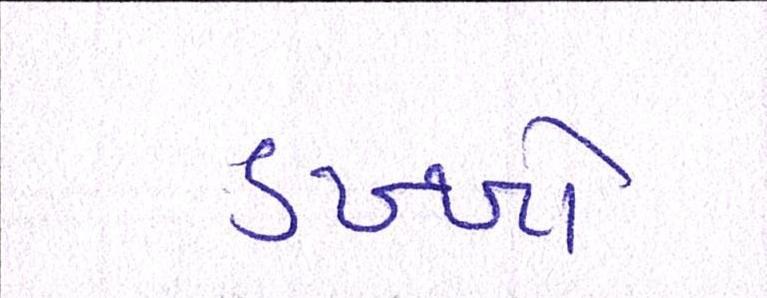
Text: ડખ્ખો